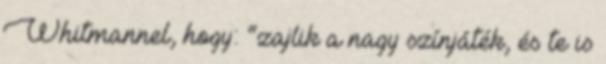
Whitmannel, hogy: “zajlik a nagy színjáték, és te is